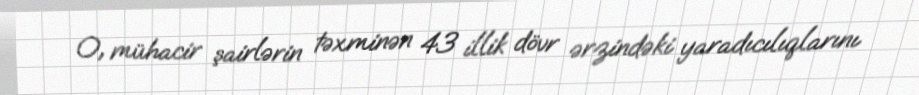
O, mühacir şairlərin təxminən 43 illik dövr ərzindəki yaradıcılıqlarını